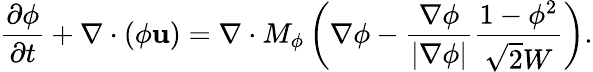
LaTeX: \frac{{\partial\phi}}{{\partial t}}+\nabla\cdot(\phi\mathbf{u})=\nabla\cdot M_{\phi}\left(\nabla\phi-\frac{\nabla\phi}{|\nabla\phi|}\frac{1-\phi^{2}}{\sqrt{2}W}\right).